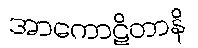
အာကောဋိတာနိ